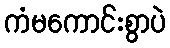
ကံမကောင်းစွာပဲ